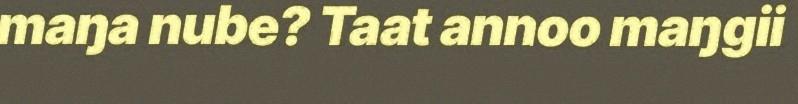
maŋa nube? Taat annoo maŋgii